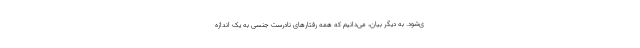
ی‌شود. به دیگر بیان، می‌دانیم که همه رفتارهای نادرست جنسی به یک اندازه